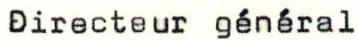
Directeur général